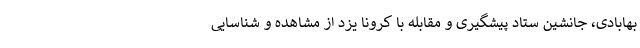
بهابادی، جانشین ستاد پیشگیری و مقابله با کرونا یزد از مشاهده و شناسایی